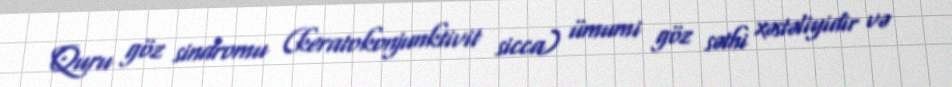
Quru göz sindromu (keratokonjunktivit sicca) ümumi göz səthi xəstəliyidir və